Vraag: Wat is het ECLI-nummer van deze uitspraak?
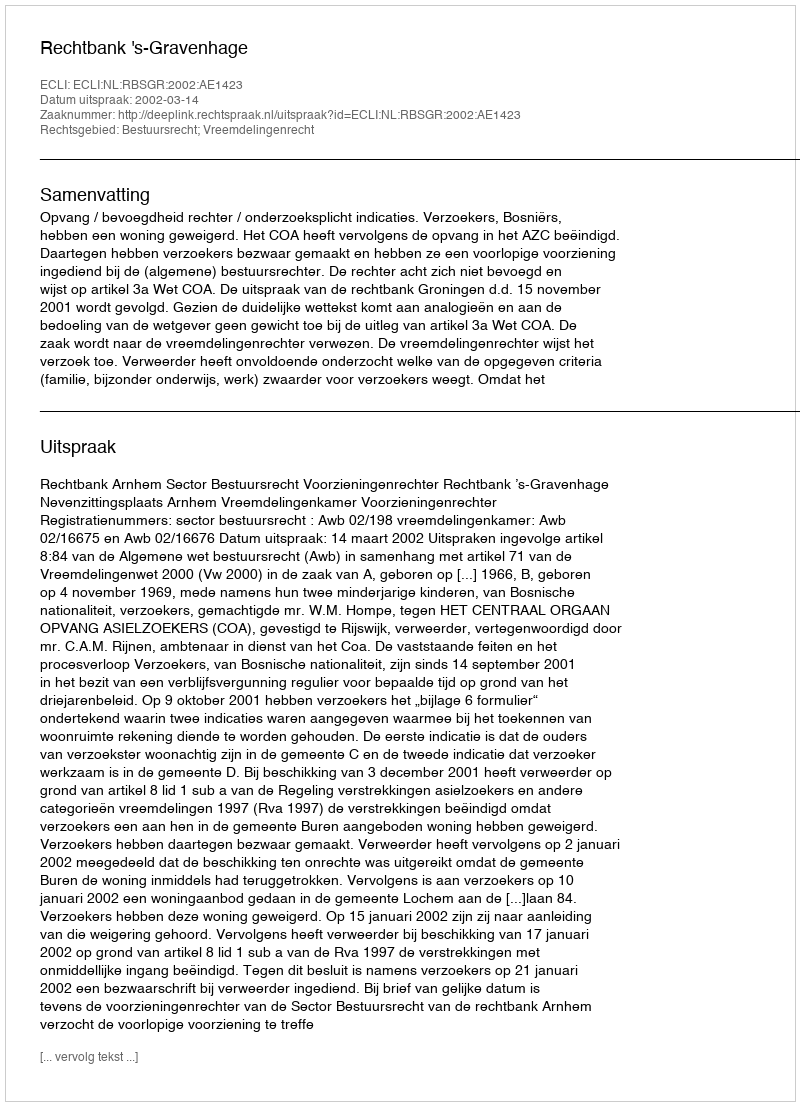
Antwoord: ECLI:NL:RBSGR:2002:AE1423